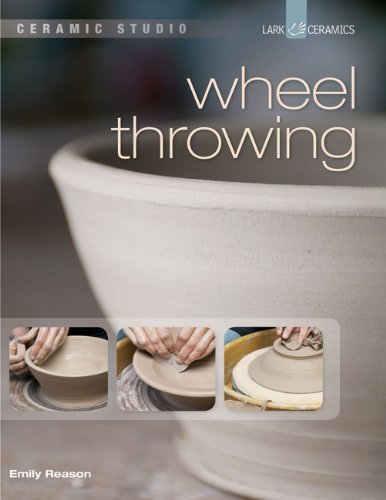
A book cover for Ceramic Studio: Wheel Throwing; Emily Reason; Crafts, Hobbies & Home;